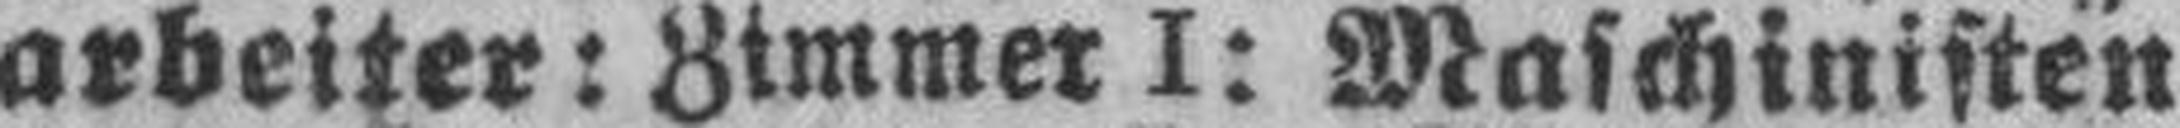
arbeiter: Zimmer I: Maschinisten